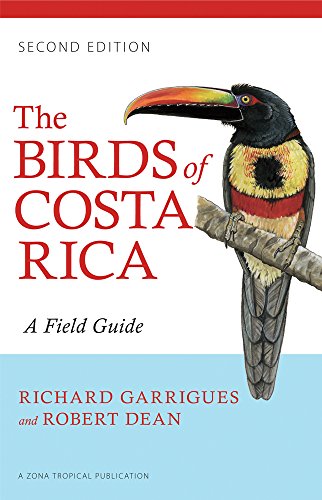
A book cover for The Birds of Costa Rica: A Field Guide (Zona Tropical Publications); Richard Garrigues; Science & Math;